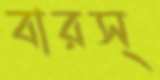
বারস্